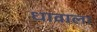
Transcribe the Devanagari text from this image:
धावाला